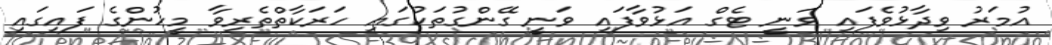
އުމަރު ވިދާޅުވެފައި ވަނީ ޓެގް އަޅުވާފައި ވަނީ ގޭންގުތަކުގައި ހަރަކާތްތެރިވާ މީހުންގެ ފައިގައި